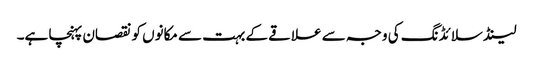
لینڈ سلائڈنگ کی وجہ سے علاقے کے بہت سے مکانوں کو نقصان پہنچا ہے۔